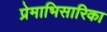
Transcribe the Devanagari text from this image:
प्रेमाभिसारिका